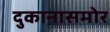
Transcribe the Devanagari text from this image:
दुकानासमोर